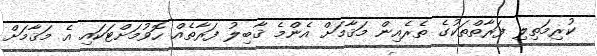
ކުރިމަތިލި ފަރާތްތަކުގެ ތެރެއިން މަޤާމަށް އެންމެ ޤާބިލު ފަރާތެއް ހޮވުމަށްޓަކައި އެ މަޤާމަށް